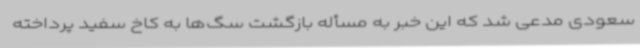
سعودی مدعی شد که این خبر به مسأله بازگشت سگ‌ها به کاخ سفید پرداخته